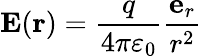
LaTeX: \mathbf{E}(\mathbf{r})={\frac{q}{4\pi\varepsilon_{0}}}{\frac{\mathbf{e}_{r}}{r^{2}}}